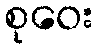
စုဝေး